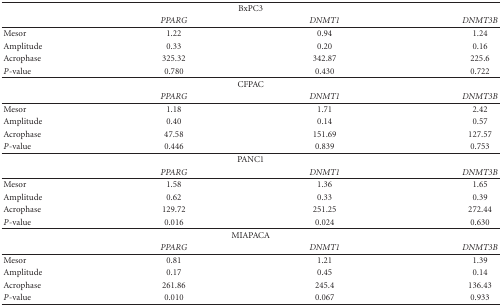
| <COLSPAN=4> BxPC3 |
 |  | PPARG | DNMT1 | DNMT3B |
 | --- | --- | --- | --- |
 | Mesor | 1.22 | 0.94 | 1.24 |
 | Amplitude | 0.33 | 0.20 | 0.16 |
 | Acrophase | 325.32 | 342.87 | 225.6 |
 | P-value | 0.780 | 0.430 | 0.722 |
 | <COLSPAN=4> CFPAC |
 |  | PPARG | DNMT1 | DNMT3B |
 | Mesor | 1.18 | 1.71 | 2.42 |
 | Amplitude | 0.40 | 0.14 | 0.57 |
 | Acrophase | 47.58 | 151.69 | 127.57 |
 | P-value | 0.446 | 0.839 | 0.753 |
 | <COLSPAN=4> PANC1 |
 |  | PPARG | DNMT1 | DNMT3B |
 | Mesor | 1.58 | 1.36 | 1.65 |
 | Amplitude | 0.62 | 0.33 | 0.39 |
 | Acrophase | 129.72 | 251.25 | 272.44 |
 | P-value | 0.016 | 0.024 | 0.630 |
 | <COLSPAN=4> MIAPACA |
 |  | PPARG | DNMT1 | DNMT3B |
 | Mesor | 0.81 | 1.21 | 1.39 |
 | Amplitude | 0.17 | 0.45 | 0.14 |
 | Acrophase | 261.86 | 245.4 | 136.43 |
 | P-value | 0.010 | 0.067 | 0.933 |